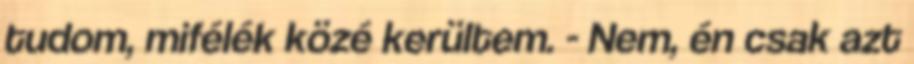
tudom, mifélék közé kerültem. - Nem, én csak azt